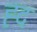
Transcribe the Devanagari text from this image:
ह्द